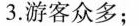
3.游客众多；